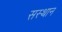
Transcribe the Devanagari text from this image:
सस्थान